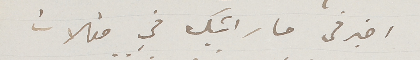
اخبرني ما رأيك في مقالات